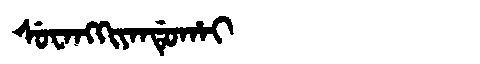
Manchu: ᠰᡠᠸᠠᠩᡴᡳᠶᠠᠨᡩᡠᡥᠠᡳ
Romanization: SUWANGKIYANDUHAI